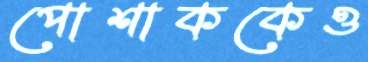
পোশাককেও